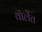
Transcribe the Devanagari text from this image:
वालेंत